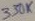
Text: 330K